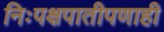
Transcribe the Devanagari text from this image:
निःपक्षपातीपणाही